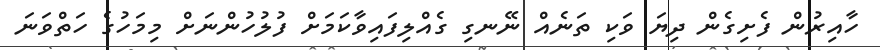
ހާއިރުން ފެށިގެން ދިޔަ ވަކި ތަނެއް ނޭނގި ގެއްލިފައިވާކަމަށް ފުލުހުންނަށް މިމަހުގެ ހަތްވަނަ